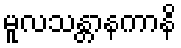
မူလသန္တာနကာနိ